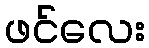
ဖင်လေး